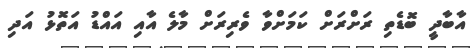
އާބާދީ ބޮޑެތި ރަށްރަށް ކަމަށްވާ ވެރިރަށް މާލެ އާއި އައްޑު އަތޮޅު އަދި